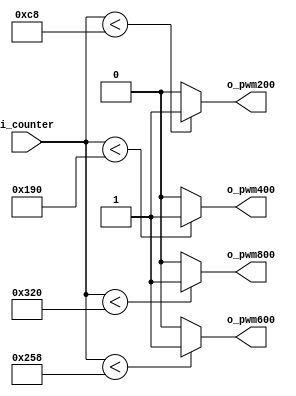
`timescale 1ns / 1ps

module Comparator(
    input [9:0] i_counter,

    output o_pwm200, o_pwm400, o_pwm600, o_pwm800
    );

    assign o_pwm200 = (i_counter < 200) ? 1'b1 : 1'b0;
    assign o_pwm400 = (i_counter < 400) ? 1'b1 : 1'b0;
    assign o_pwm600 = (i_counter < 600) ? 1'b1 : 1'b0;
    assign o_pwm800 = (i_counter < 800) ? 1'b1 : 1'b0;

endmodule